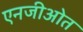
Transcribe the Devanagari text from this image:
एनजीओत